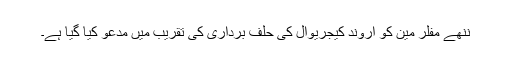
ننھے مفلر مین کو اروند کیجریوال کی حلف برداری کی تقریب میں مدعو کیا گیا ہے۔